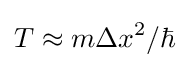
{\textstyle T\approx m{\Delta x}^{2}/\hbar }